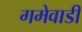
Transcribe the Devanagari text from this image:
गमेवाडी